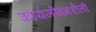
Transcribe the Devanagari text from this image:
कार्यजीवनशैली